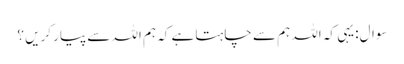
سوال:یہی کہ اللہ ہم سے چاہتا ہے کہ ہم اللہ سے پیار کریں ؟